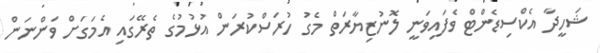
ޝަހީދާ އެކްސިޑެންޓް ވެފައިވަނީ ލޮނުޒިޔާރަތް މެގު ހުރަސްކުރަން އުޅުމުގެ ތެރޭގައި އެމަގަށް ވަންނަން